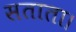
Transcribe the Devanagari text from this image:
सताता।